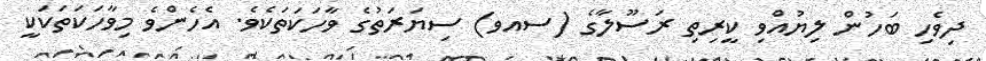
ދިވެހި ބަހުން ލިޔުއްވި ކީރިތި ރަސޫލާގެ (ސއވ) ސިޔަރަތުގެ ވާހަކަތަކެވެ. އެހެންވެ މިވާހަކަތަކަކީ